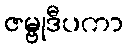
ဇမ္ဗုဒီပကာ